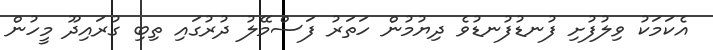
އެކަމަކު ވިލުފުށި ފުނޑުފުނޑުވެ ދިޔުމުން ހަތަރު ފަސްމޭލު ދުރުގައި ތިބި ގުރައިދޫ މީހުން